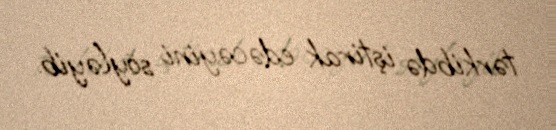
tərkibdə iştirak edəcəyini söyləyib.